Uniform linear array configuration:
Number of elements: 12
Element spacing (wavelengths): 0.5
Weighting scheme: exponential
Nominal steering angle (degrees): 60
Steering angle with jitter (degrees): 61.264
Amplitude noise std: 0.05
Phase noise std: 0.05

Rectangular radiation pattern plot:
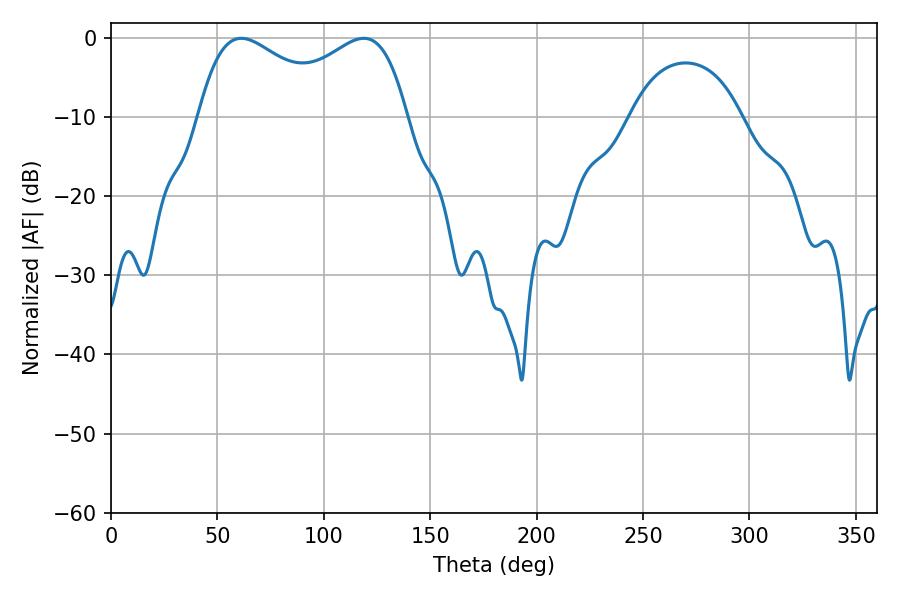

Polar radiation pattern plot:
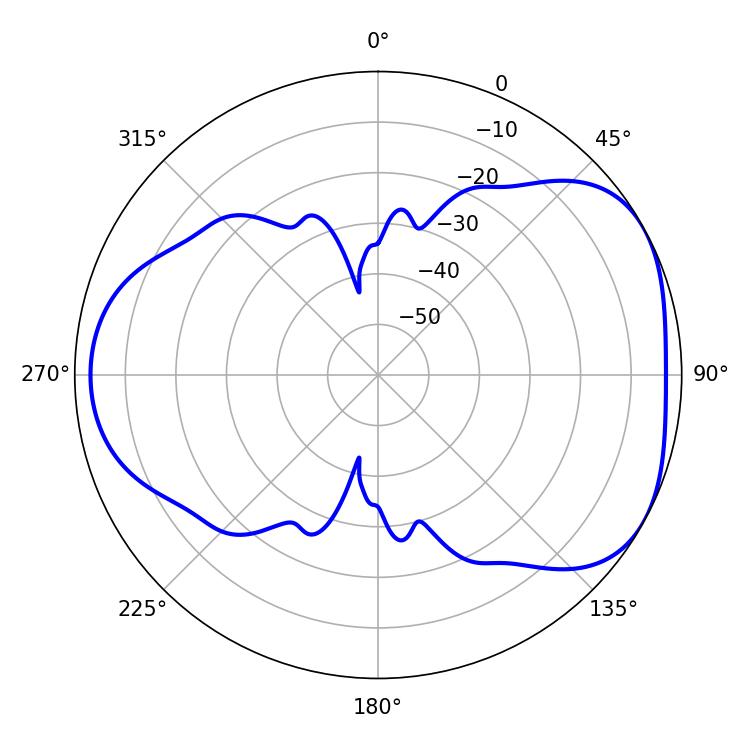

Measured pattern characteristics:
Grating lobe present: FALSE
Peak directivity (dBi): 4.56
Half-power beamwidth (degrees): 37.08
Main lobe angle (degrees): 61.2